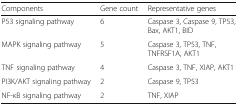
| Components | Gene count | Representative genes |
 | --- | --- | --- |
 | P53 signaling pathway | 6 | Caspase 3, Caspase 9, TP53, Bax, AKT1, BID |
 | MAPK signaling pathway | 5 | Caspase 3, TP53, TNF, TNFRSF1A, AKT1 |
 | TNF signaling pathway | 4 | Caspase 3, TNF, XIAP, AKT1 |
 | PI3K/AKT signaling pathway | 2 | Caspase 9, TP53 |
 | NF-κB signaling pathway | 2 | TNF, XIAP |